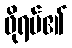
ဖိုရမ်၏